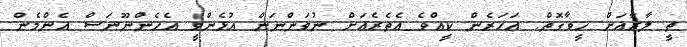
ތީ ލާރާއަށް ހީވާގޮތް. އަހަރެން ކީއްވެ އެތެރެއަށް ނުވަންނަން އުޅެންވީ އެހެންނޫނަސް އެންމެން